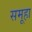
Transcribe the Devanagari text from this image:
समूहा